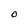
Character: 0